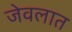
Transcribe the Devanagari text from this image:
जेवलात